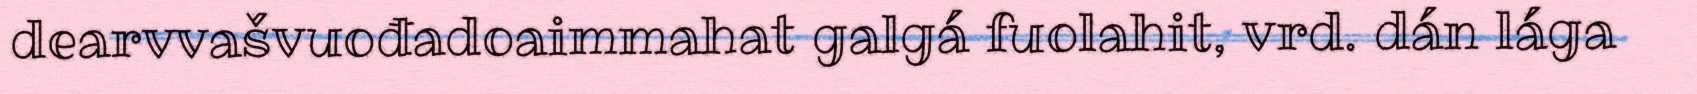
dearvvašvuođadoaimmahat galgá fuolahit, vrd. dán lága